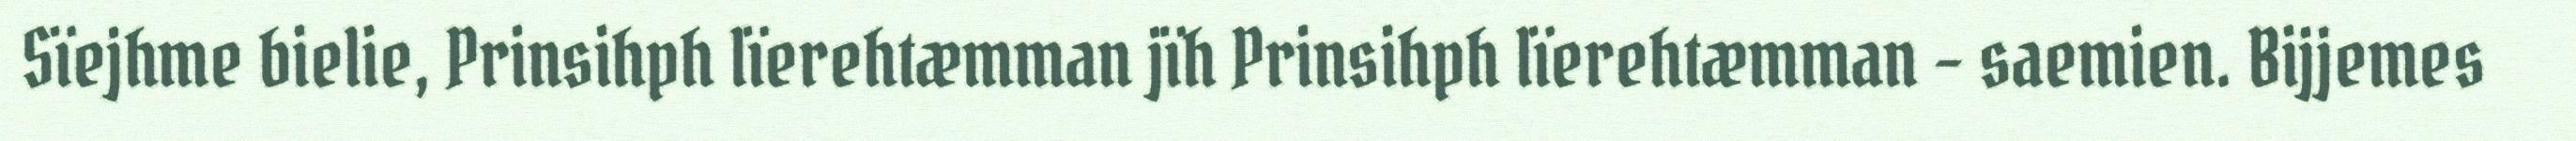
Sïejhme bielie, Prinsihph lïerehtæmman jïh Prinsihph lïerehtæmman – saemien. Bijjemes